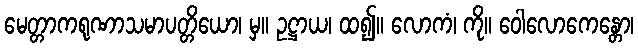
မေတ္တာကရုဏာသမာပတ္တိယော၊ မှ။ ဥဋ္ဌာယ၊ ထ၍။ လောကံ၊ ကို။ ဝေါလောကေန္တော၊